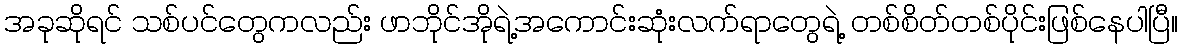
အခုဆိုရင် သစ်ပင်တွေကလည်း ဖာဘိုင်အိုရဲ့အကောင်းဆုံးလက်ရာတွေရဲ့ တစ်စိတ်တစ်ပိုင်းဖြစ်နေပါပြီ။